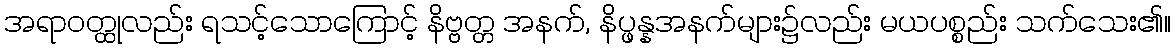
အရာဝတ္ထုလည်း ရသင့်သောကြောင့် နိဗ္ဗတ္တ အနက်, နိပ္ဖန္နအနက်များ၌လည်း မယပစ္စည်း သက်သေး၏။